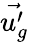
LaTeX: \vec{u_{g}^{\prime}}